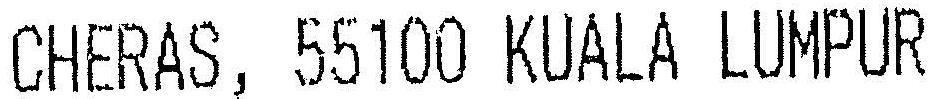
CHERAS, 55100 KUALA LUMPUR